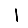
Digit: 1